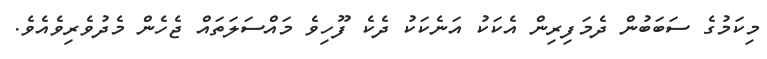
މިކަމުގެ ސަބަބުން ދެމަފިރިން އެކަކު އަނެކަކު ދެކެ ފޫހިވެ މައްސަލަތައް ޖެހެން މެދުވެރިވެއެވެ.